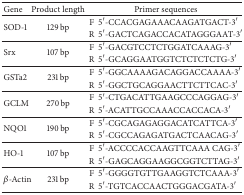
<table><thead><tr><td><b>Gene</b></td><td><b>Product length</b></td><td colspan="2"><b>Primer sequences</b></td></tr></thead><tbody><tr><td rowspan="2">SOD-1</td><td rowspan="2">129 bp</td><td>F</td><td>5′-CCACGAGAAACAAGATGACT-3′</td></tr><tr><td>R</td><td>5′-GACTCAGACCACATAGGGAAT-3′</td></tr><tr><td rowspan="2">Srx</td><td rowspan="2">107 bp</td><td>F</td><td>5′-GACGTCCTCTGGATCAAAG-3′</td></tr><tr><td>R</td><td>5′-GCAGGAATGGTCTCTCTCTG-3′</td></tr><tr><td rowspan="2">GSTa2</td><td rowspan="2">231 bp</td><td>F</td><td>5′-GGCAAAAGACAGGACCAAAA-3′</td></tr><tr><td>R</td><td>5′-GGCTGCAGGAACTTCTTCAC-3′</td></tr><tr><td rowspan="2">GCLM</td><td rowspan="2">270 bp</td><td>F</td><td>5′-CTGACATTGAAGCCCAGGAG-3′</td></tr><tr><td>R</td><td>5′-ACATTGCCAAACCACCACA-3′</td></tr><tr><td rowspan="2">NQO1</td><td rowspan="2">190 bp</td><td>F</td><td>5′-CGCAGAGAGGACATCATTCA-3′</td></tr><tr><td>R</td><td>5′-CGCCAGAGATGACTCAACAG-3′</td></tr><tr><td rowspan="2">HO-1</td><td rowspan="2">107 bp</td><td>F</td><td>5′-ACCCCACCAAGTTCAAA CAG-3′</td></tr><tr><td>R</td><td>5′-GAGCAGGAAGGCGGTCTTAG-3′</td></tr><tr><td rowspan="2"><i><i>β</i></i>-Actin</td><td rowspan="2">231 bp</td><td>F</td><td>5′-GGGGTGTTGAAGGTCTCAAA-3′</td></tr><tr><td>R</td><td>5′-TGTCACCAACTGGGACGATA-3′</td></tr></tbody></table>